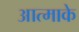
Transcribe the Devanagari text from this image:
आत्माके